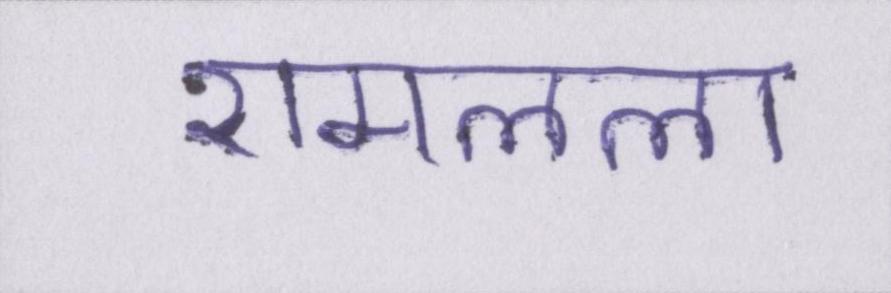
रामलला